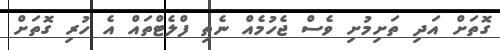
ގޮތަށް އަދި ތަށިމުށި ވެސް ޖެހުމެއް ނެތި ފްލެޓްތައް އެ ހުރި ގޮތަށް